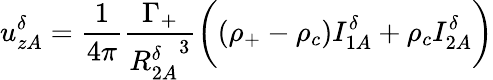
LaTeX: u_{zA}^{\delta}=\frac{1}{4\pi}\frac{\Gamma_{+}}{{R_{2A}^{\delta}}^{3}}\bigg((\rho_{+}-\rho_{c})I_{1A}^{\delta}+\rho_{c}I_{2A}^{\delta}\bigg)